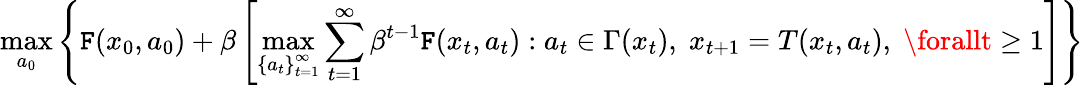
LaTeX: \operatorname*{max}_{a_{0}}\left\{ \mathtt{F}(x_{0},a_{0})+\beta\left[\operatorname*{max}_{\left\{ a_{t}\right\} _{t=1}^{\infty}}\sum_{t=1}^{\infty}\beta^{t-1}\mathtt{F}(x_{t},a_{t}):a_{t}\in\Gamma(x_{t}),\; x_{t+1}=T(x_{t},a_{t}),\; \forallt\geq1\right]\right\}